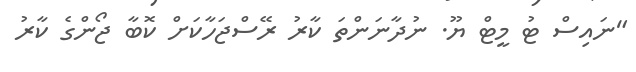
"ނައިސް ޓު މީޓް ޔޫ. ނުދާނަންތަ ކާރު ރޭސްޖަހާކަށް ކޮބާ ޖޯންގެ ކާރު